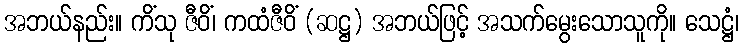
အဘယ်နည်း။ ကိံသု ဇီဝိံ၊ ကထံဇီဝိံ (ဆဋ္ဌ) အဘယ်ဖြင့် အသက်မွေးသောသူကို။ သေဋ္ဌံ၊